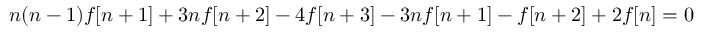
n ( n - 1 ) f [ n + 1 ] + 3 n f [ n + 2 ] - 4 f [ n + 3 ] - 3 n f [ n + 1 ] - f [ n + 2 ] + 2 f [ n ] = 0